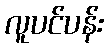
လူပင်ပန်း